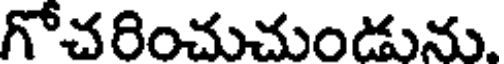
గోచరించుచుండును.